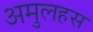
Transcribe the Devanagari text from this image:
अमुलहस